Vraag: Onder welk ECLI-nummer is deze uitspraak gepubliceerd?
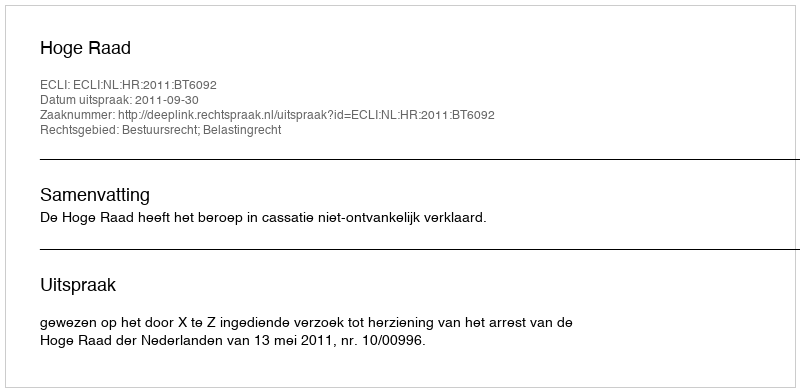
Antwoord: ECLI:NL:HR:2011:BT6092